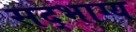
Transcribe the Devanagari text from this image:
सद्‌भाग्य